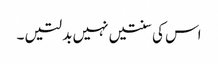
اس کی سنتیں نہیں بدلتیں ۔